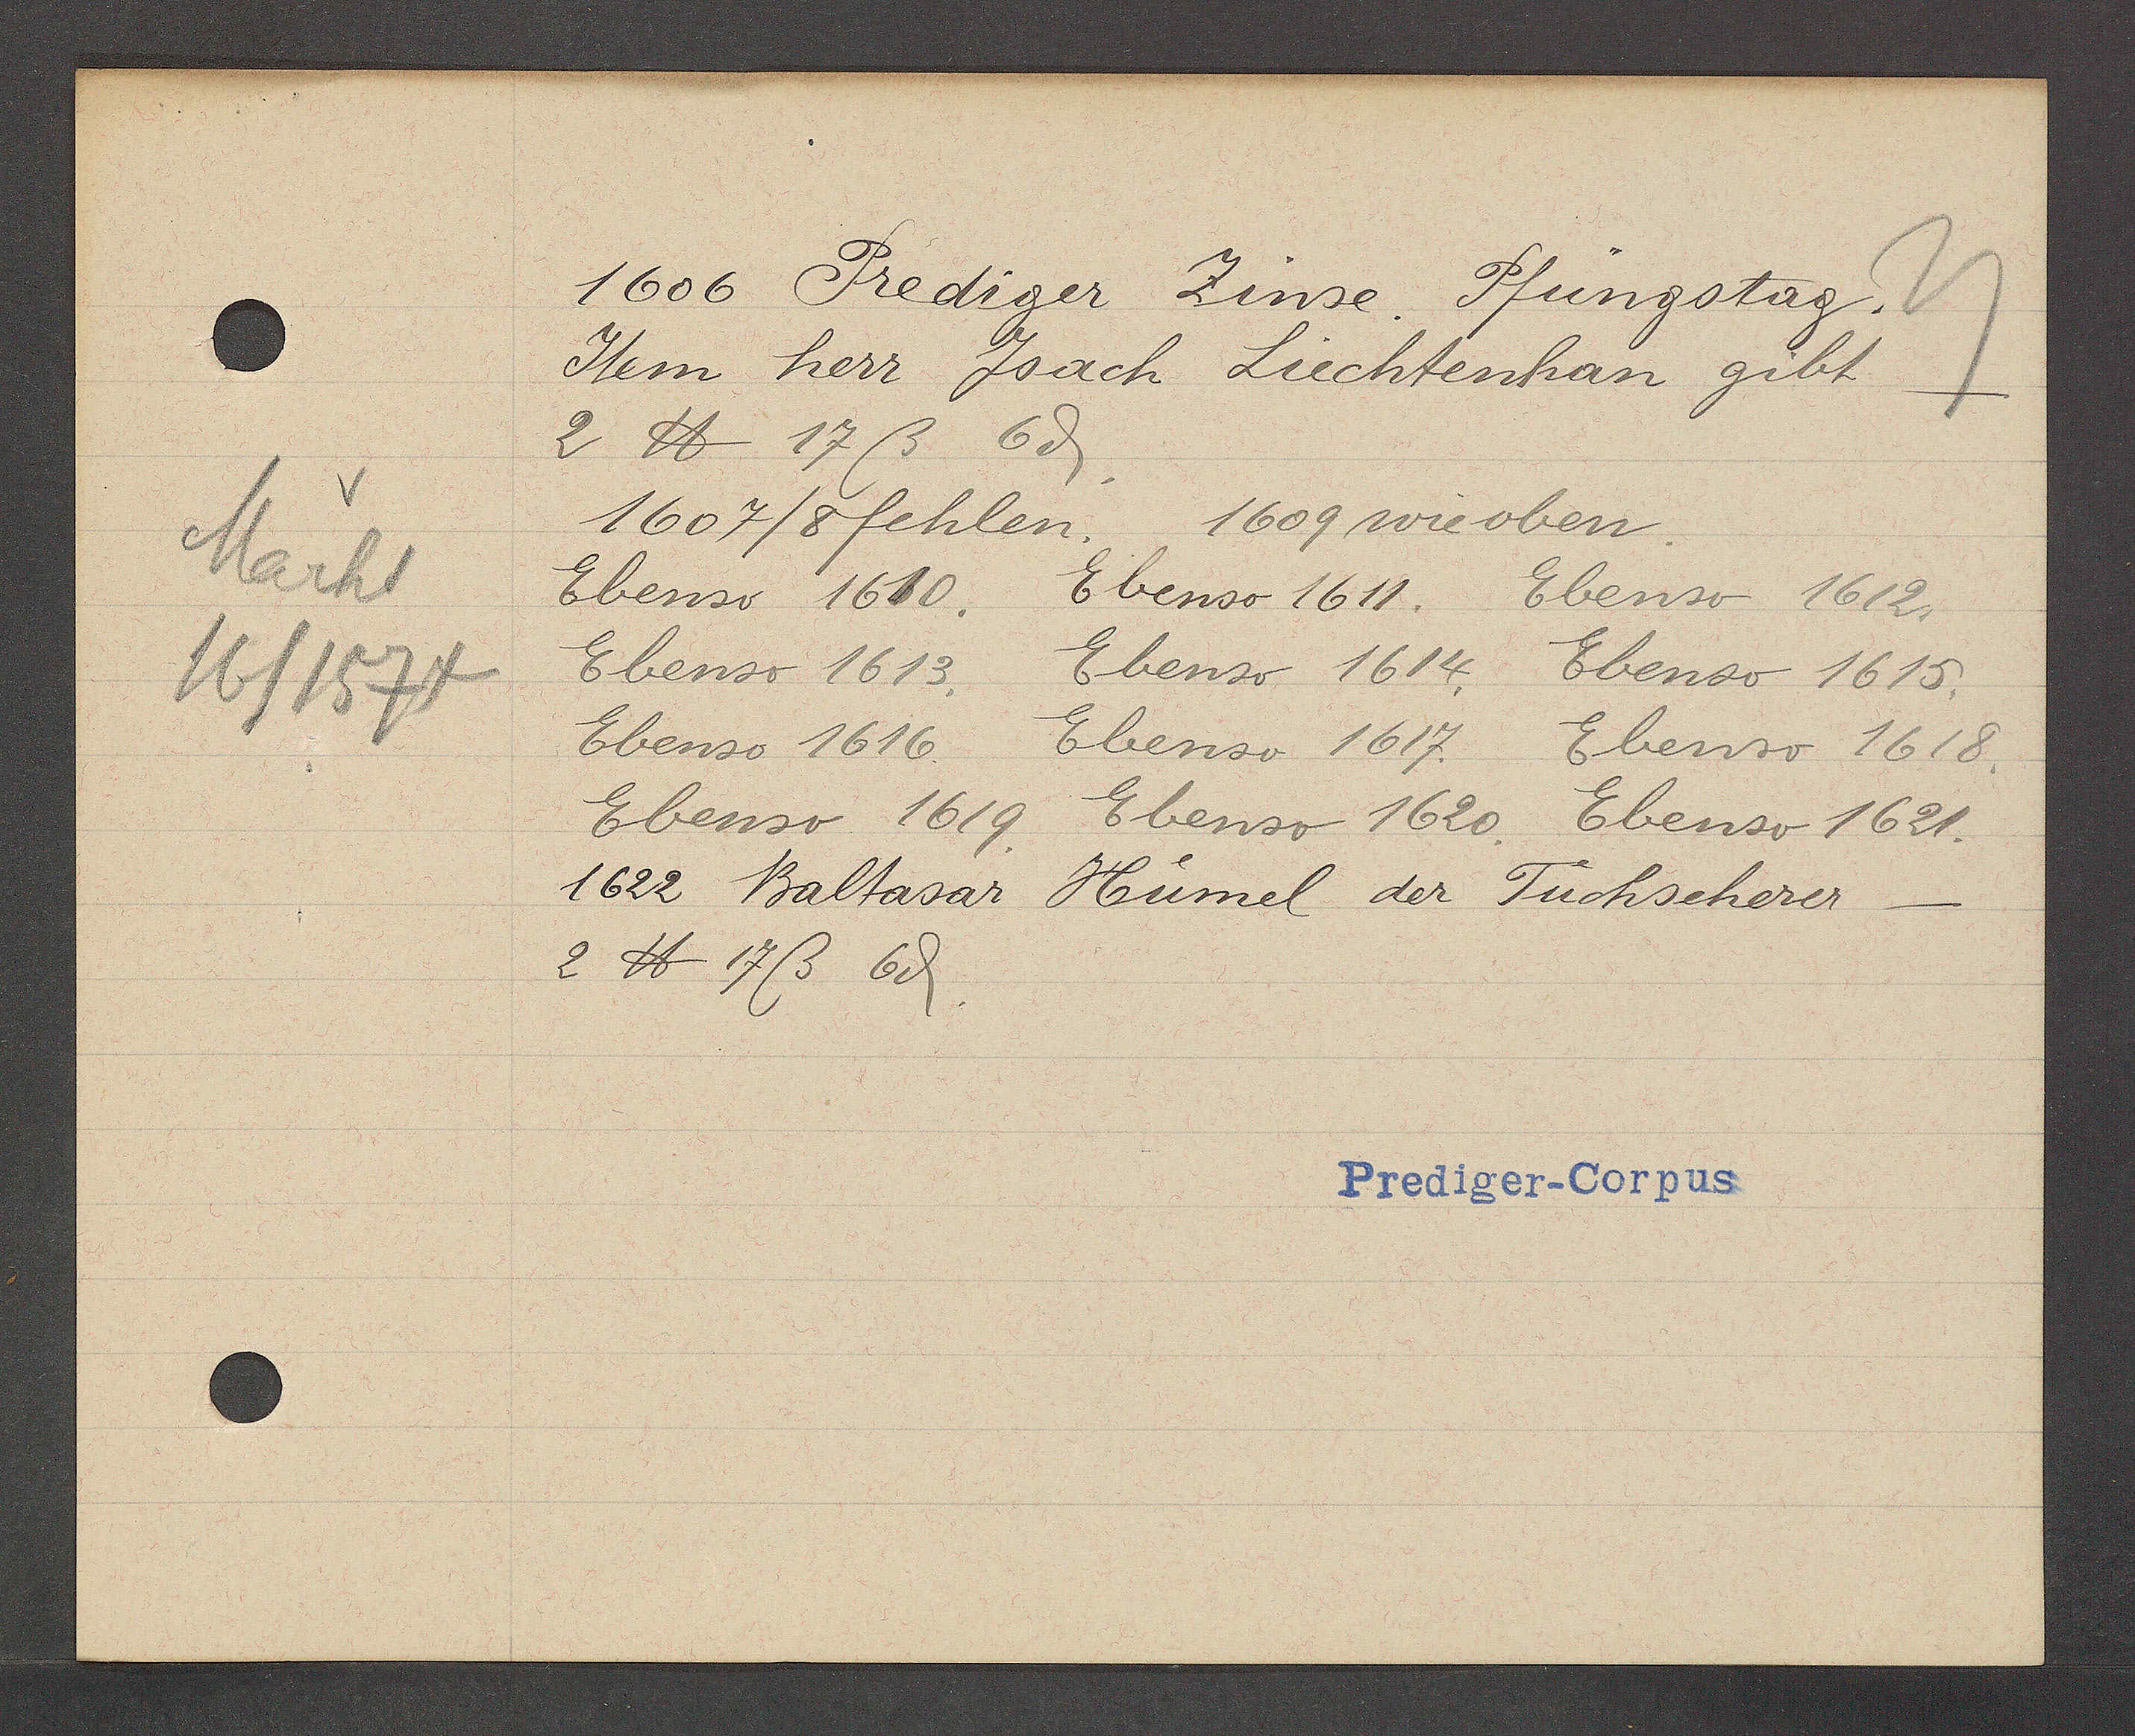
Transcript:
Markt
16/1574

1606 Prediger Zinse. Pfüngstag.

Item herr Joach Liechtenhan gibt
2 ℔ 17ß 6ȡ.
1607/8 fehlen.
Ebenso 1610. Ebenso 1611. Ebenso 1612.
Ebenso 1613.
Ebenso 1616. Ebenso 1617.
Ebenso 1619. Ebenso 1620. Ebenso 1621.
1622 Baltasar Humel der Tuchscherer
2 ℔ 17ß 6ȡ
Ebenso 1614. Ebenso 1615.
1609 wie oben.
Ebenso 1618.

Prediger-Corpus